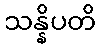
သန္နိပတိ